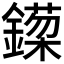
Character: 𬬈